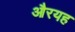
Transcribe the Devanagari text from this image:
औरयह